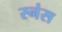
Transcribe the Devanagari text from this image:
स्नंस